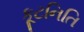
કૂટનિતિ